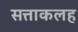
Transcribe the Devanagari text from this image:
सत्ताकलह